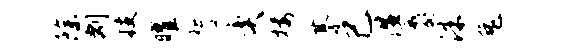
除剽技曜誓奕楼綦己湿麝洙兔